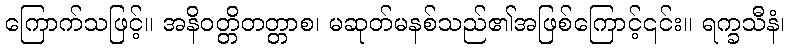
ကြောက်သဖြင့်။ အနိဝတ္တိတတ္တာစ၊ မဆုတ်မနစ်သည်၏အဖြစ်ကြောင့်၎င်း။ ရက္ခသီနံ၊